Report on sanitation, dispensaries, and jails in Rajputana for 1918, and on vaccination for the year 1918-1919 - 1918-1919
Year: 1918
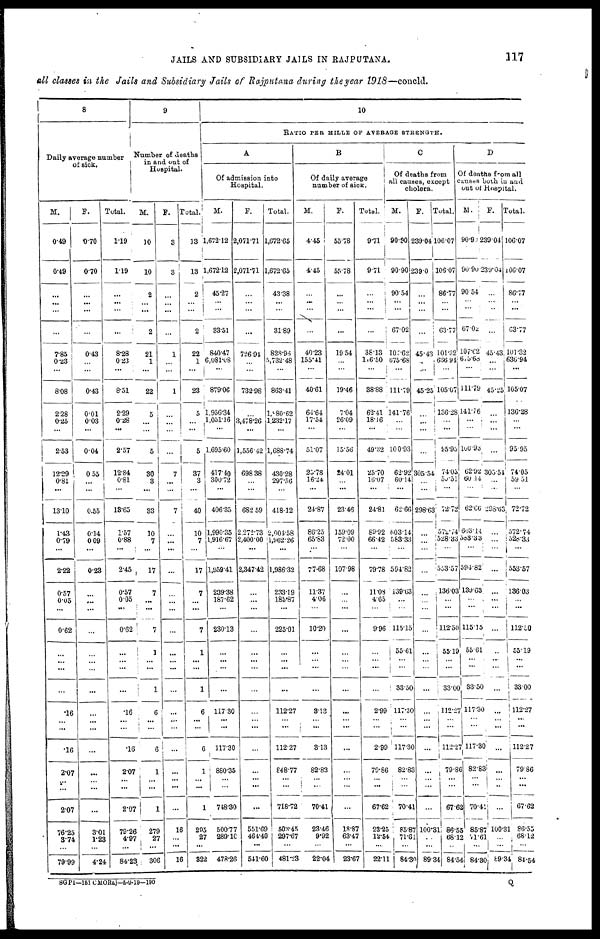
JAILS AND SUBSIDIARY JAILS IN RAJPUTANA.
117
all classes in the Jails and Subsidiary Jails of Rajputana during the year 1918—concld.
8
Daily average number
of sick.
M.
0.49
0.49
...
...
...
...
7.85
0.23
...
8.08
2.28
0.25
...
2.53
12.29
0.81
...
13.10
1.43
0.79
...
2.22
0.57
0.05
...
0.62
...
...
...
...
.16
...
...
16
2.07
...
...
2.07
76.25
3.74
...
79.99
F.
0.70
0.70
...
...
...
...
0.43
...
...
0.43
0.01
0.03
...
0.04
0.55
...
...
0.55
0.14
0.09
...
0.23
...
...
...
...
...
...
...
...
...
...
...
...
...
...
...
...
3.01
1.23
...
4.24
Total.
1.19
1.19
...
...
...
...
8.28
0.23
...
8.51
2.29
0.28
...
2.57
12.84
0.81
...
13.65
1.57
0.88
...
2.45
0.57
0.05
...
0.62
...
...
...
...
.16
...
...
.16
2.07
...
...
2.07
79.26
4.97
...
84.23
9
Number of deaths
in and out of
Hospital.
M.
10
10
2
...
...
2
21
1
...
22
5
...
...
5
30
3
...
33
10
7
...
17
7
...
...
7
1
...
...
1
6
...
...
6
1
...
...
1
279
27
...
306
F.
3
3
...
...
...
...
1
...
...
1
...
...
...
...
7
...
...
7
...
...
...
...
...
...
...
...
...
...
...
...
...
...
...
...
...
...
...
...
16
...
...
16
Total.
13
13
2
...
...
2
22
1
...
23
5
...
...
5
37
3
...
40
10
7
...
17
7
...
...
7
1
...
...
1
6
...
...
6
1
...
...
1
295
27
...
322
10
RATIO PER MILLE OF AVERAGE STRENGTH.
A
Of admission into
Hospital.
M.
1,672.12
1,672.12
45.27
...
...
33.51
840.47
6,081.08
...
879.06
1,956.34
11,051.16
...
1,695.60
417.40
300.72
...
406.35
1,990.35
1,916.67
...
1,959.41
239.38
187.62
...
230.13
...
...
...
...
117.30
...
...
117.30
880.35
...
...
748.30
500.77
289.10
...
478.26
F.
2,071.71
2,071.71
...
...
...
...
726.94
...
...
732.98
...
3,478.26
...
1,556.42
698.38
...
...
682.59
2,272.73
2,400.00
...
2,347.42
...
...
...
...
...
...
...
...
...
...
...
...
...
...
...
...
551.69
464.40
...
541.60
Total.
1,672.65
1,672.65
43.38
...
...
31.89
828.96
5,732.48
...
863.41
1,080.62
1,232.17
...
1,688.74
430.28
297.56
...
418.12
2,904.58
1,962.26
...
1,986.32
233.19
185.87
...
225.01
...
...
...
...
112.27
...
...
112.27
848.77
...
...
718.72
503.45
297.67
...
481.23
B
Of daily average
number of sick.
M.
4.45
4.45
...
...
...
...
40.23
155.41
...
40.61
64.64
17.54
...
51.07
25.78
16.24
...
24.87
86.25
65.83
...
77.68
11.37
4.06
...
10.20
...
...
...
...
3.13
...
...
3.13
82.83
...
...
70.41
23.46
9.92
...
22.04
F.
55.78
55.78
...
...
...
...
19.54
...
...
19.46
7.04
26.09
...
15.56
24.01
...
...
23.46
15.909
72.00
...
107.98
...
...
...
...
...
...
...
...
...
...
...
...
...
...
...
...
18.87
63.47
...
23.67
Total.
9.71
9.71
...
...
...
...
38.13
106.50
...
38.88
62.41
18.16
...
49.32
25.70
16.07
...
24.81
89.92
66.42
...
79.78
11.03
4.65
...
9.96
...
...
...
...
2.99
...
...
2.99
79.86
...
...
67.62
23.25
12.54
...
22.11
C
Of deaths from
all causes, except
cholera.
M.
90.90
90.90
90.54
...
...
67.02
107.62
675.68
...
111.79
141.76
...
...
100.93
62.92
60.14
...
62.66
603.14
583.33
...
594.82
139.63
...
...
115.15
55.61
...
...
33.50
117.30
...
...
117.30
82.83
...
...
70.41
85.87
71.61
...
84.30
F.
239.04
23.90
...
...
...
...
45.43
...
...
45.25
...
...
...
...
305.54
...
...
298.63
...
...
...
...
...
...
...
...
...
...
...
...
...
... ...
...
...
...
...
...
100.31
...
...
89.34
Total.
106.07
106.07
86.77
...
...
63.77
101.32
636.94
...
105.07
136.28
...
...
95.95
74.05
50.51
...
72.72
572.74
528.33
...
553.57
136.03
...
...
112.50
55.19
...
...
33.00
112.27
...
...
112.27
79.86
...
...
67.62
86.55
68.12
...
84.54
D
Of deaths from all
causes both in and
out of Hospital.
M.
90.90
90.90
90.54
...
...
67.02
107.62
6,5.68
...
111.79
141.76
...
...
100.93
62.92
60.14
...
62.66
603.14
583.33
...
594.82
139.63
...
...
115.15
55.61
...
...
33.50
117.30
...
...
117.30
82.83
...
...
70.41
85.87
71.61
...
84.30
F.
239.04
239.04
...
...
...
...
45.43
...
...
45.25
...
...
...
...
305.51
...
...
298.63
...
...
...
...
...
...
...
...
...
...
...
...
...
...
...
...
...
...
...
...
100.31
...
...
89.34
Total.
106.07
106.07
86.77
...
...
63.77
101.32
636.94
...
105.07
136.28
...
...
95.95
74.05
59.51
...
72.72
572.74
528.33
...
553.57
136.03
...
...
112.50
55.19
...
...
33.00
112.27
...
...
112.27
79.86
...
...
67.62
86.55
68.12
...
84.54
SGPI—161 CMORaj—5-9-19—190
Q